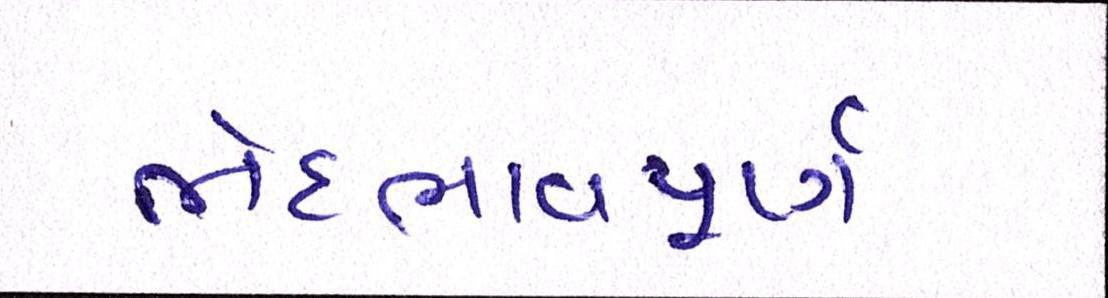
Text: ભેદભાવપૂર્ણ